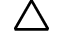
\bigtriangleup